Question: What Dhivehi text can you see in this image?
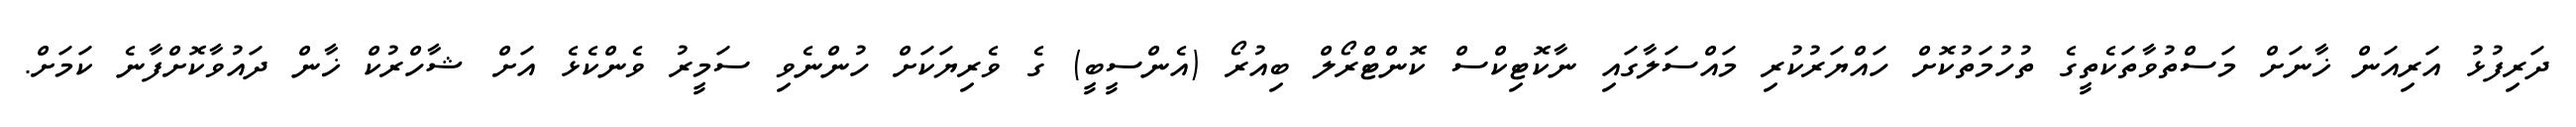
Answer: ދަރިފުޅު އަރިއަން ޚާނަށް މަސްތުވާތަކެތީގެ ތުހުމަތުކޮށް ހައްޔަރުކުރި މައްސަލާގައި ނާކޮޓިކްސް ކޮންޓްރޯލް ބިއުރޯ (އެންސީބީ) ގެ ވެރިޔަކަށް ހުންނެވި ސަމީރު ވެންކެޅެ އަށް ޝާހްރުކް ޚާން ދައުވާކޮށްފާނެ ކަމަށް.